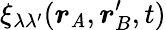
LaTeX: \xi_{\lambda\lambda^{\prime}}(\boldsymbol{r}_{\mathit{A}},\boldsymbol{r}_{B}^{\prime},t)